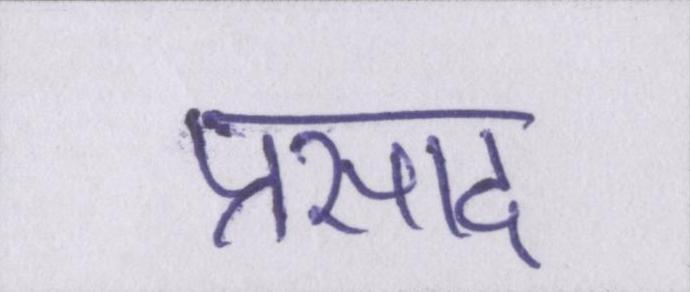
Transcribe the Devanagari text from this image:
प्रसाद